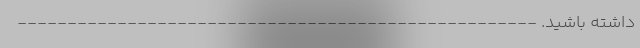
داشته باشید. ----------------------------------------------------